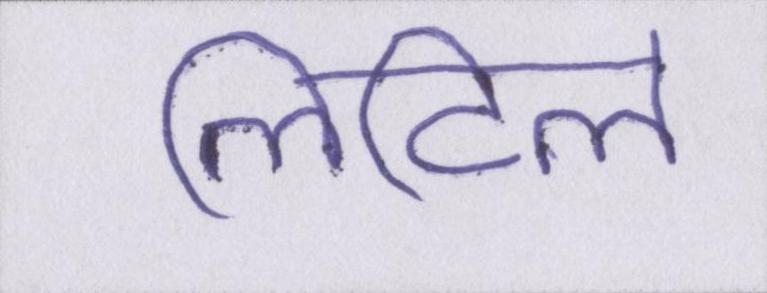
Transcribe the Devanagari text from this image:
लिटिल